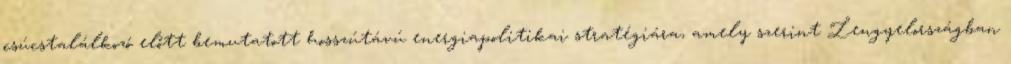
csúcstalálkozó előtt bemutatott hosszútávú energiapolitikai stratégiára, amely szerint Lengyelországban